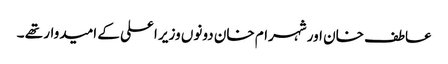
عاطف خان اور شہرام خان دونوں وزیر اعلی کے امیدوار تھے ۔